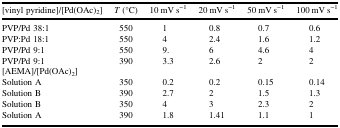
<table><thead><tr><td><b>[vinyl pyridine]/[Pd(OAc)<sub>2</sub>]</b></td><td><b><i>T</i> (°C)</b></td><td><b>10 mV s<sup>−1</sup></b></td><td><b>20 mV s<sup>−1</sup></b></td><td><b>50 mV s<sup>−1</sup></b></td><td><b>100 mV s<sup>−1</sup></b></td></tr></thead><tbody><tr><td>PVP/Pd 38:1</td><td>550</td><td>1</td><td>0.8</td><td>0.7</td><td>0.6</td></tr><tr><td>PVP:Pd 18:1</td><td>550</td><td>4</td><td>2.4</td><td>1.6</td><td>1.2</td></tr><tr><td>PVP/Pd 9:1</td><td>550</td><td>9.</td><td>6</td><td>4.6</td><td>4</td></tr><tr><td>PVP/Pd 9:1</td><td>390</td><td>3.3</td><td>2.6</td><td>2</td><td>2</td></tr><tr><td>[AEMA]/[Pd(OAc)<sub>2</sub>]</td><td></td><td></td><td></td><td></td><td></td></tr><tr><td>Solution A</td><td>350</td><td>0.2</td><td>0.2</td><td>0.15</td><td>0.14</td></tr><tr><td>Solution B</td><td>390</td><td>2.7</td><td>2</td><td>1.5</td><td>1.3</td></tr><tr><td>Solution B</td><td>350</td><td>4</td><td>3</td><td>2.3</td><td>2</td></tr><tr><td>Solution A</td><td>390</td><td>1.8</td><td>1.41</td><td>1.1</td><td>1</td></tr></tbody></table>